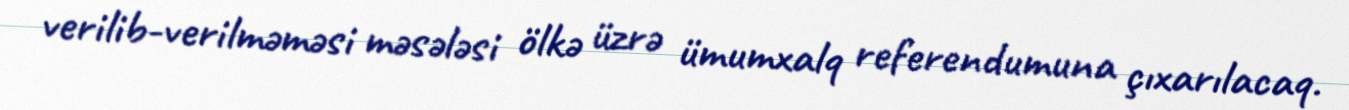
verilib-verilməməsi məsələsi ölkə üzrə ümumxalq referendumuna çıxarılacaq.